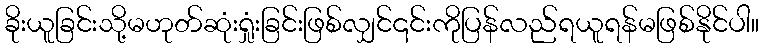
ခိုးယူခြင်းသို့မဟုတ်ဆုံးရှုံးခြင်းဖြစ်လျှင်၎င်းကိုပြန်လည်ရယူရန်မဖြစ်နိုင်ပါ။